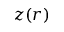
z ( r )